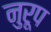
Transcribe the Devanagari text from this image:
नुरूप